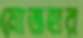
মোজহার